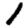
Digit: 1